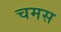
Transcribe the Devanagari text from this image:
चमस